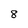
Character: 8